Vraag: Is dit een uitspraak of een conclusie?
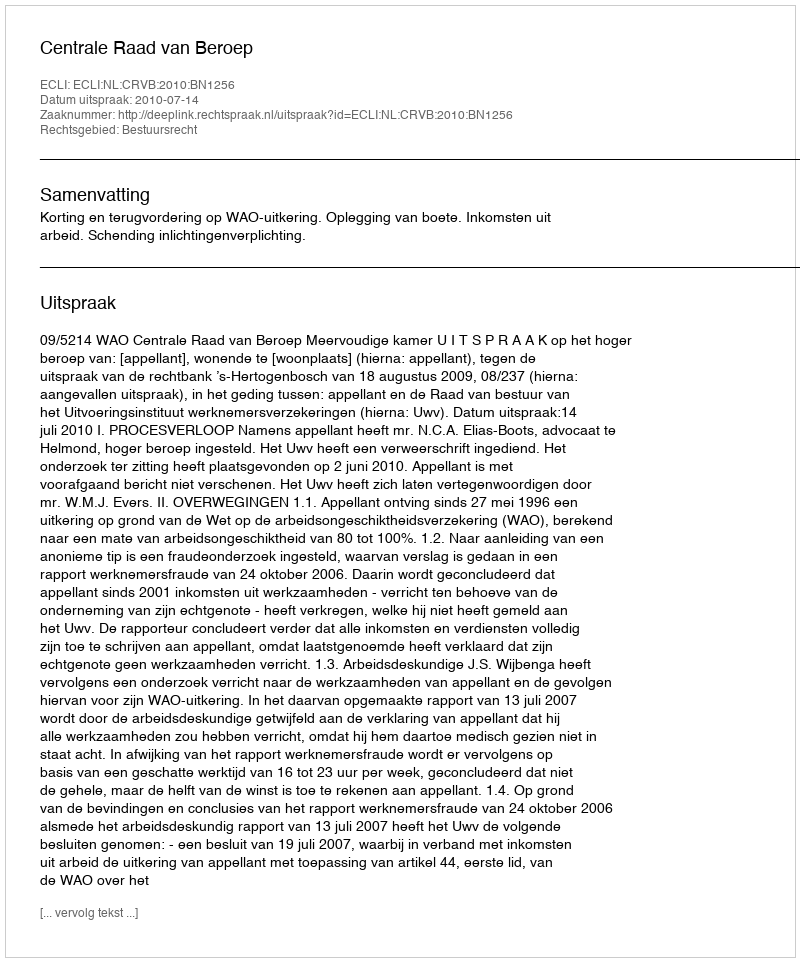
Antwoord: Uitspraak